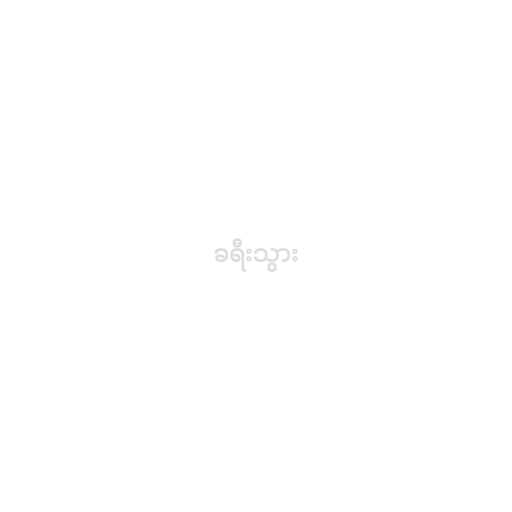
ခရီးသွား